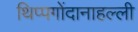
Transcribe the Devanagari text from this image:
थिप्पगोंदानाहल्ली